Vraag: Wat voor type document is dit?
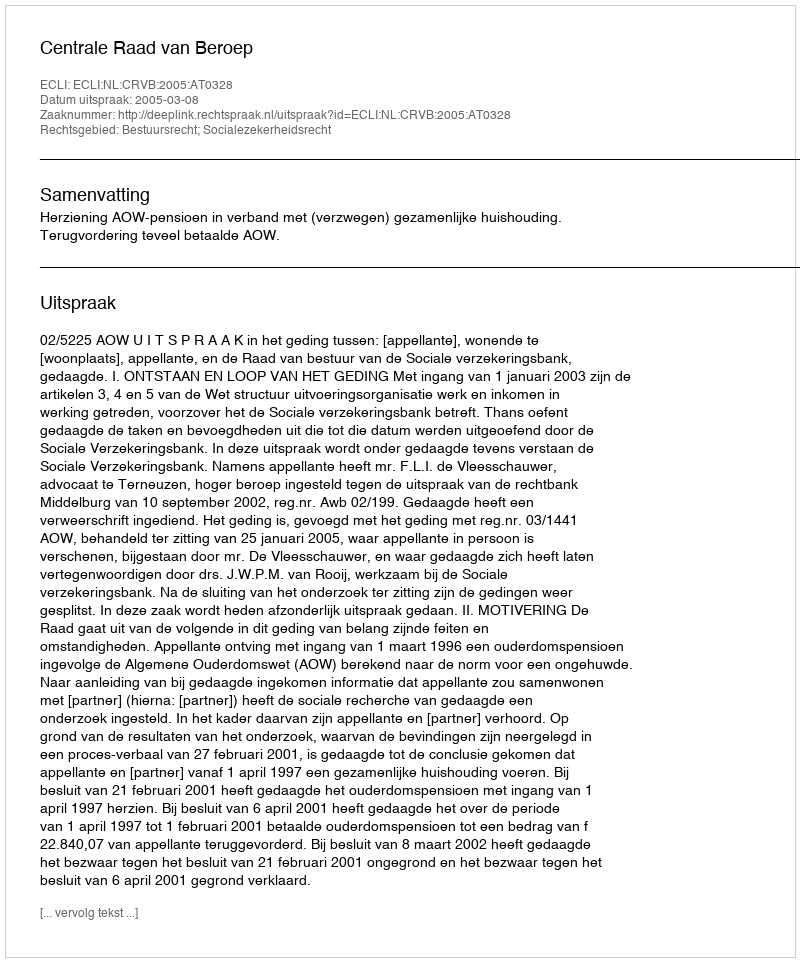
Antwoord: Uitspraak